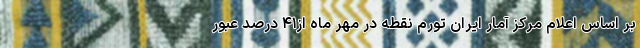
بر اساس اعلام مرکز آمار ایران تورم نقطه در مهر ماه از۴۱ درصد عبور